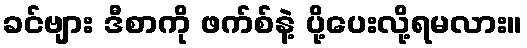
ခင်ဗျား ဒီစာကို ဖက်စ်နဲ့ ပို့ပေးလို့ရမလား။